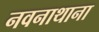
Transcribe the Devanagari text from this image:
नवनाथाना